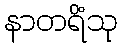
နာတရိံသု